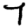
Digit: 7